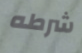
شرطه